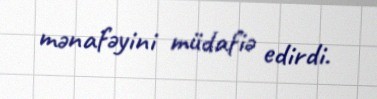
mənafəyini müdafiə edirdi.